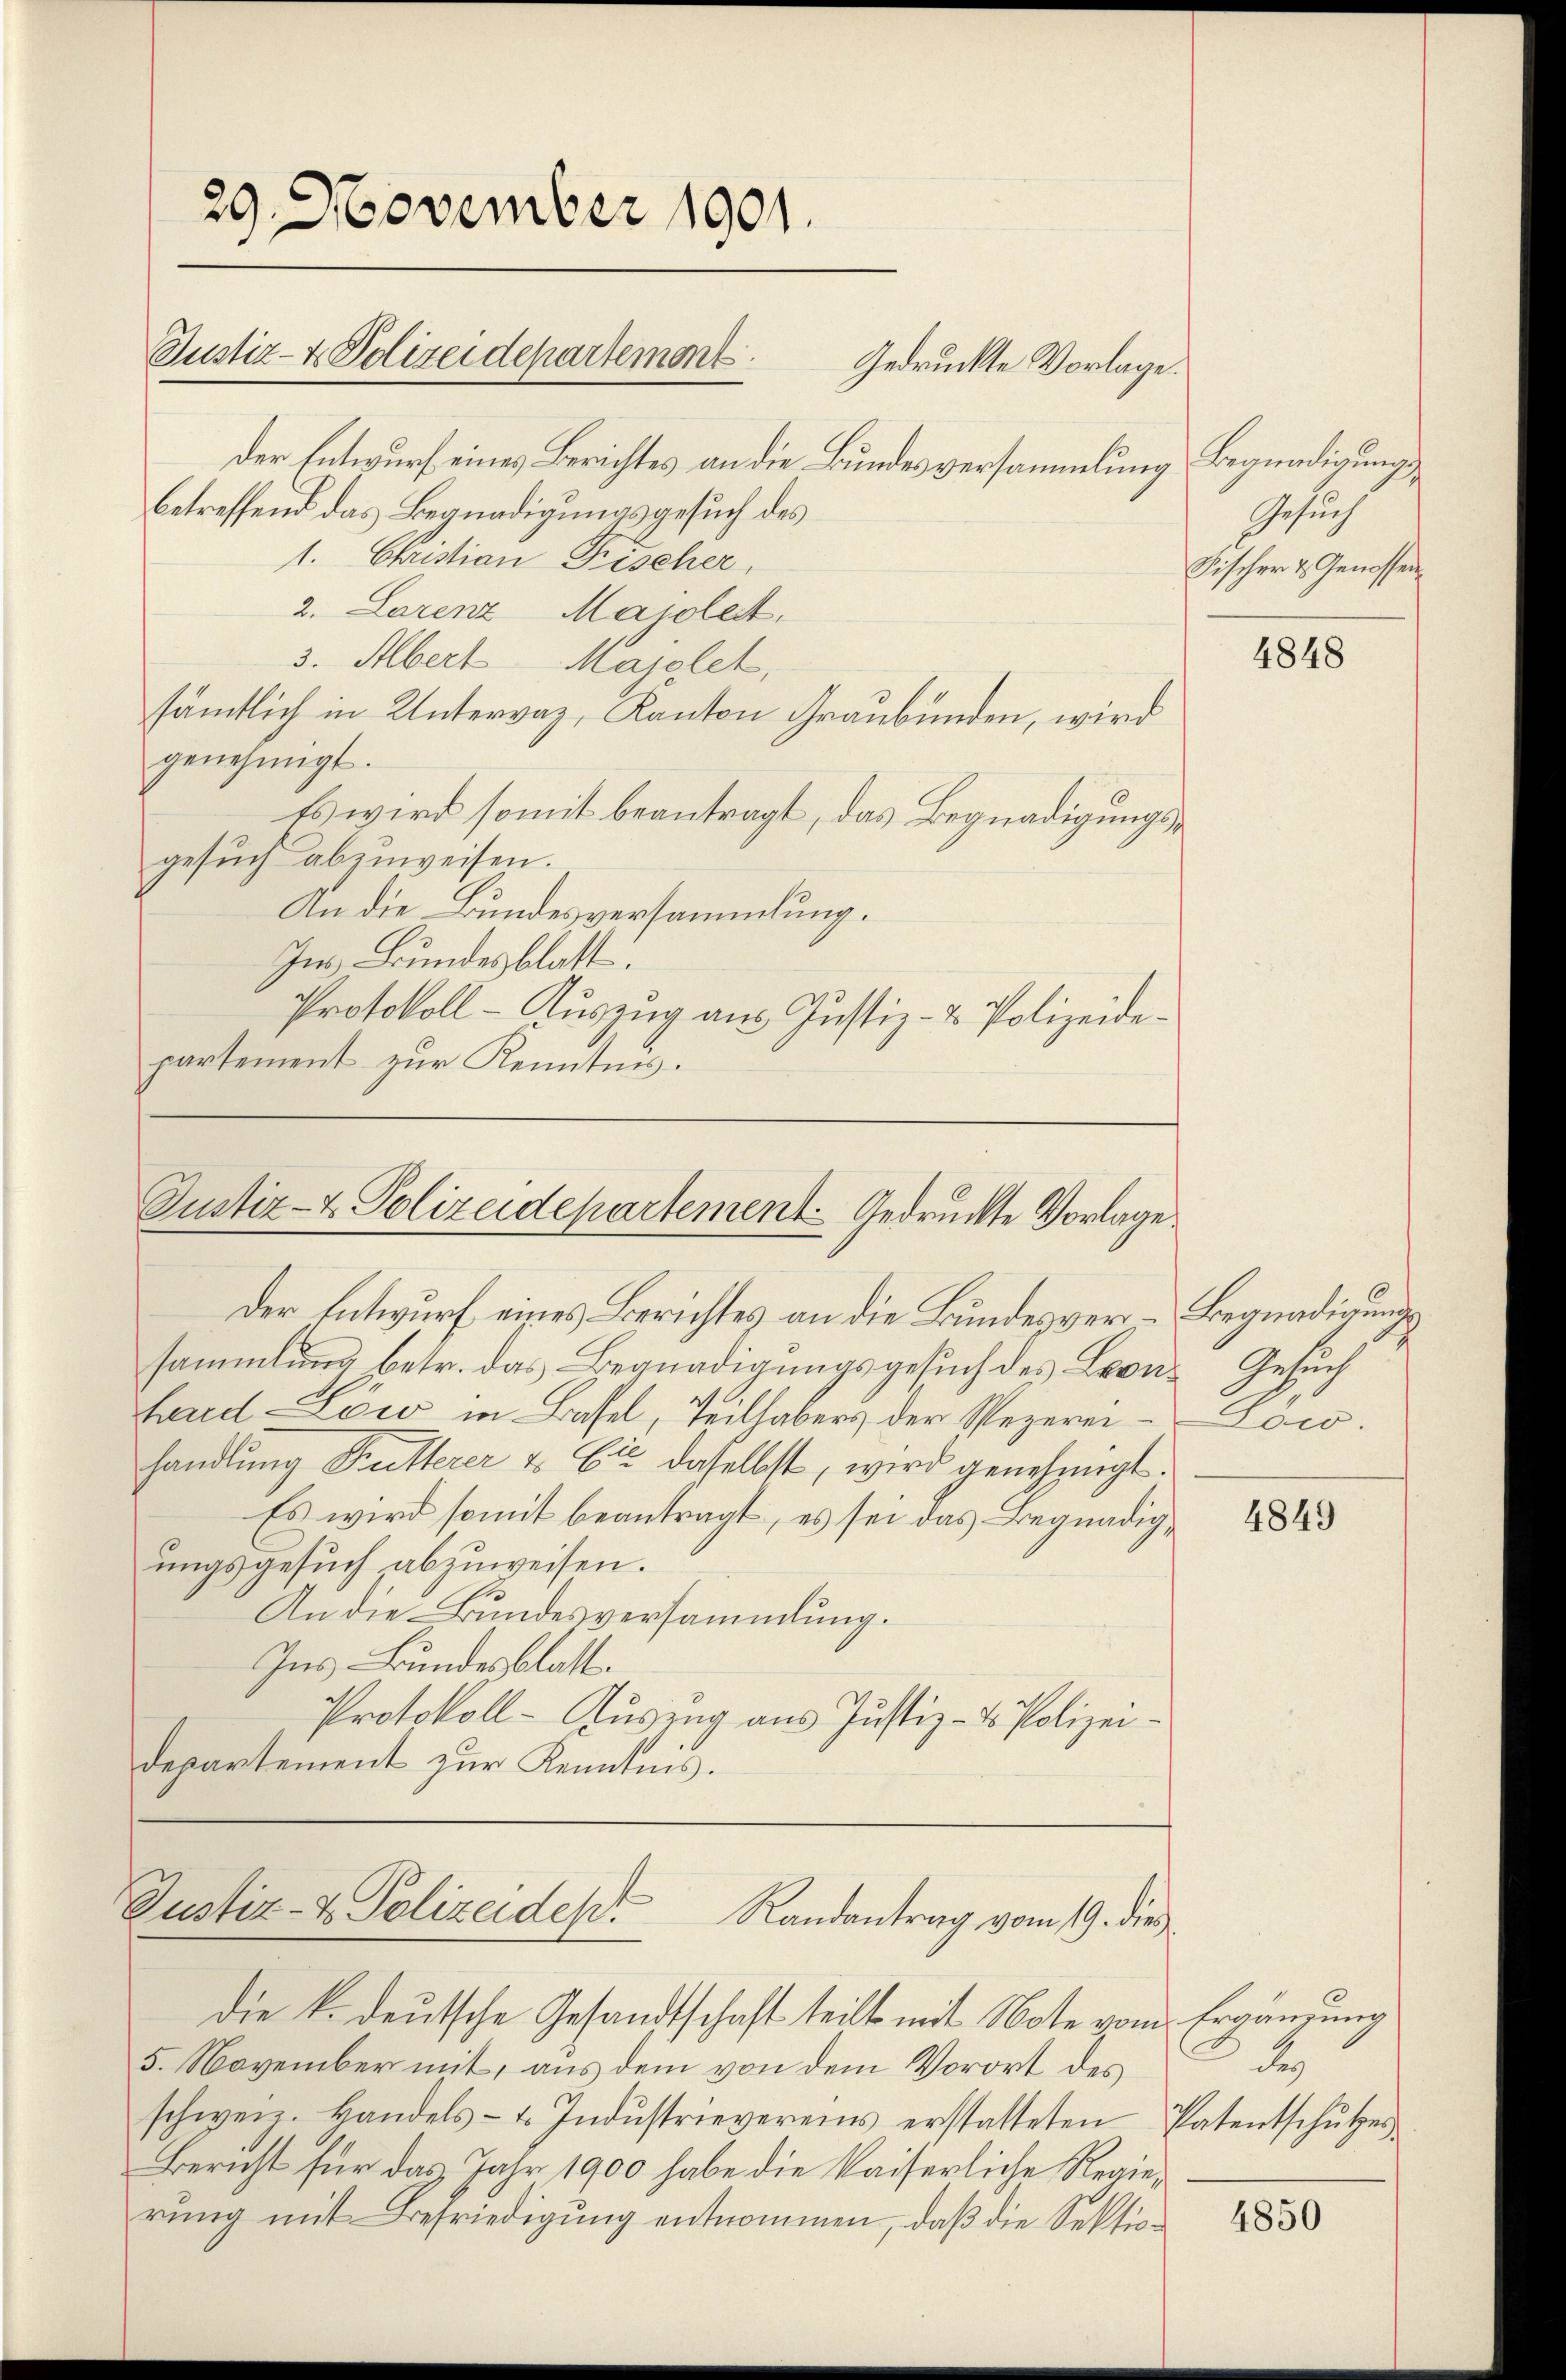
29. November 1901.
Justiz- & Polizeidepartemont.
Gedruckte Vorlage.

der Entwurf eines Berichtes an die Bundesversammlung Begnadigungsbetreffend das Begnadigungsgesuch des
1. Christian Fischer,
2. Lorenz Majolett.
3. Albert Majolet,
sämtlich in Untervaz, Kanton Graubünden, wird
genehmigt.
Es wird somit beantragt, das Begnadigungsgesŭch abzuweisen.
An die Bundesversammlung.
Ins Bundesblatt.
Protokoll - Auszug aus Justiz- & Polizeidepartement zur Kenntnis.

Justiz- & Polizeidepartement Gedruckte Vorlage
Der Entwurf eines Berichtes an die Bundesver- Begnadigung

sammlung betr. das Begnadigungsgesuch des Leon-Gesuch
hard-Löw in Basel, Teilhabers der Rezereihandlung Butterer u. Er daselbst, wird genehmigt.
Es wird somit beantragt, es sei das Begnadigungsgesuch abzuweisen.
An die Bundesversammlung.
Ins Bundesblatt.
Protokoll- Auszug aus Justiz- & Polizeidepartement zur Kenntnis.

Justiz- & Polizeiden Randantrag vom 19. die

Gesuch
Fischer & Genossen

die k. deutsche Gesandtschaft teilt mit Note vom Ergänzung
5. November mit, aus dem von dem Vorort des
schweiz. Handels- u. Indŭstrievereins erstatteten Patentschŭtzes
Bericht für das Jahr 1900 habe die kaiserliche Regierung mit Befriedigung entnommen, daß die Sektio¬

4848

Low.

4849

d

4850